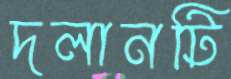
দলানটি